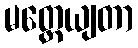
မတ္တေယျတာ